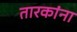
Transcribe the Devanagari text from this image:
तारकांना